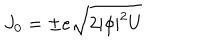
LaTeX: J _ { 0 } = \pm e \sqrt { 2 | \phi | ^ { 2 } U }